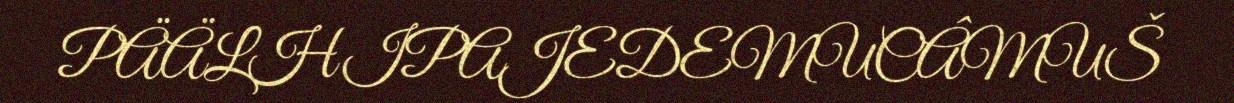
PÄÄLHIPAJEDEMUCÂMUŠ